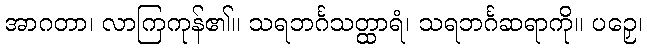
အာဂတာ၊ လာကြကုန်၏။ သရဘင်္ဂသတ္ထာရံ၊ သရဘင်္ဂဆရာကို။ ပဉှေ၊